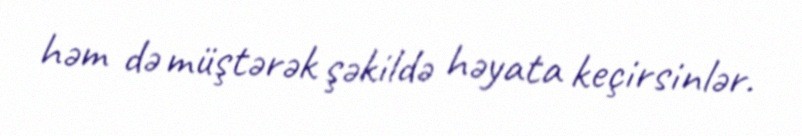
həm də müştərək şəkildə həyata keçirsinlər.